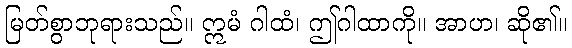
မြတ်စွာဘုရားသည်။ ဣမံ ဂါထံ၊ ဤဂါထာကို။ အာဟ၊ ဆို၏။